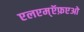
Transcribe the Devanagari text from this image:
एलएम्ऍफ़एओ